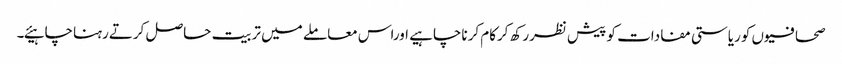
صحافیوں کوریاستی مفادات کو پیش نظررکھ کرکام کرناچاہیے اوراس معاملے میں تربیت حاصل کرتےرہناچاہیئے۔